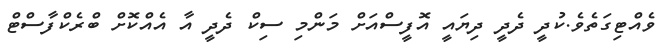
ވެއްޓިގަތެވެ.ކުދީ ދެދީ ދިޔައީ އޮފީސްއަށް މަންމި ސިކް ދެދީ އާ އެއްކޮށް ބްރެކްފާސްޓް